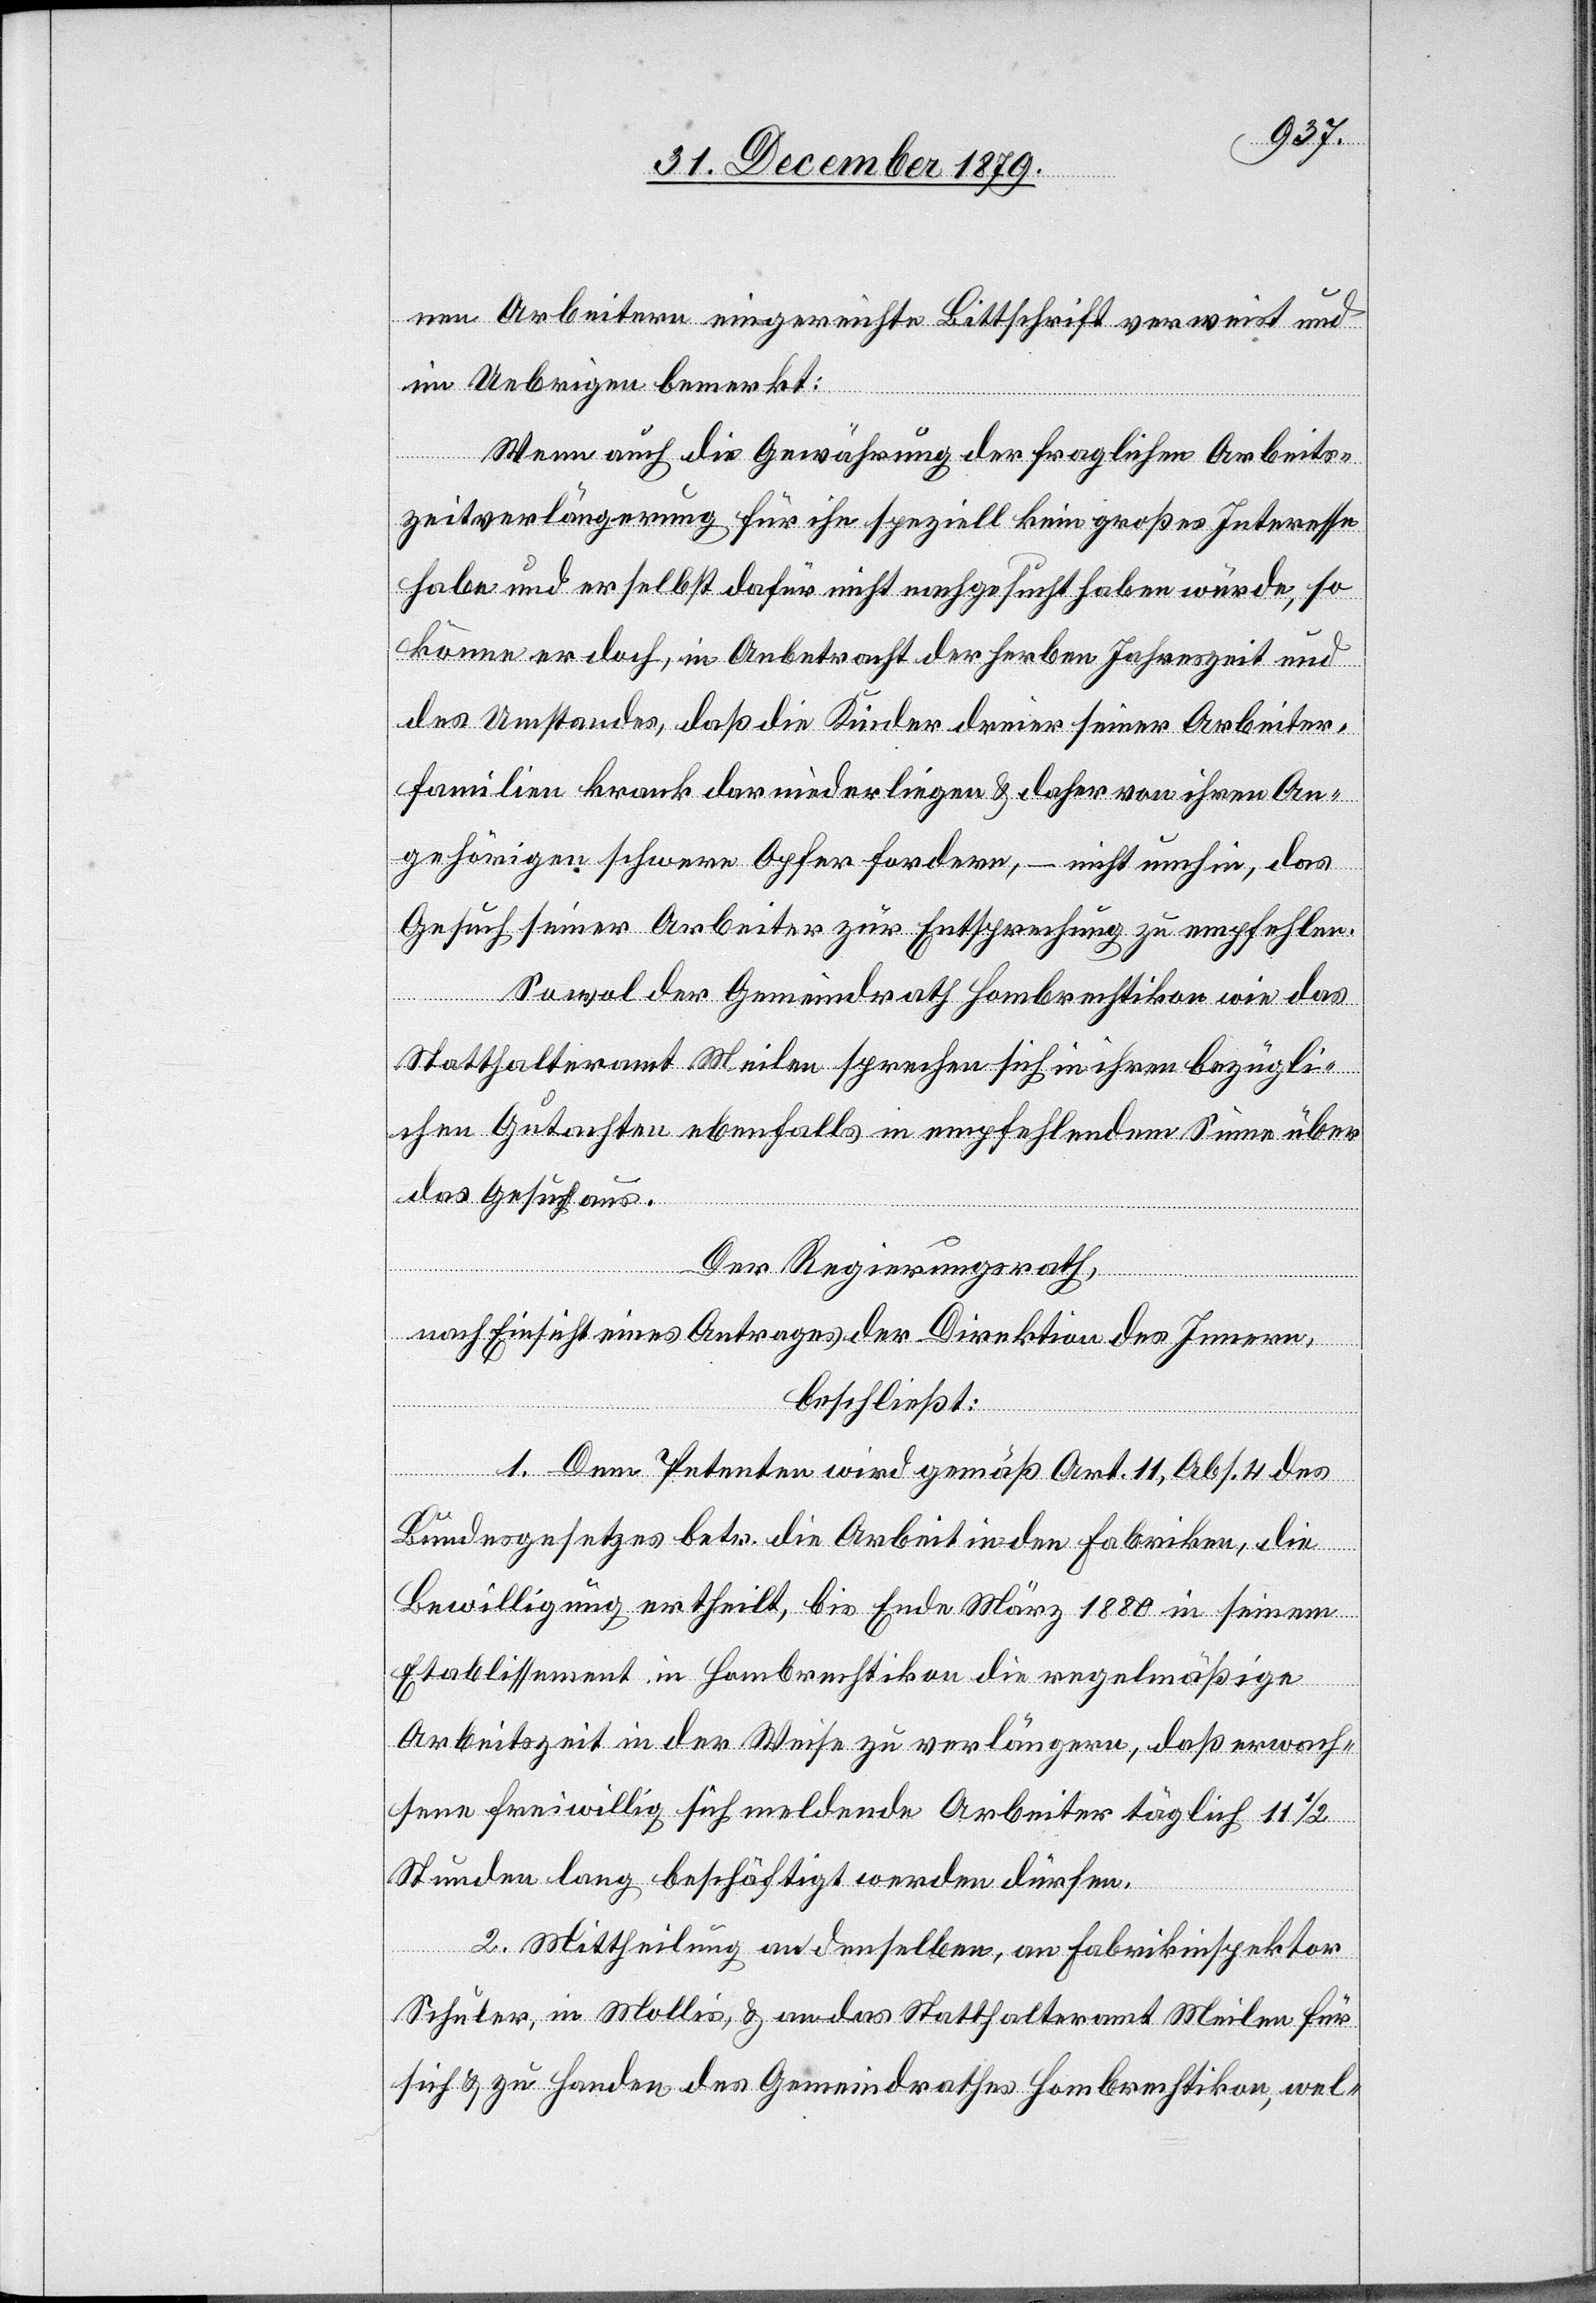
nen Arbeitern eingereichten Bittschrift verweist und
im Uebrigen bemerkt:
Wenn auch die Gewährung der fraglichen Arbeits¬
zeitverlängerung für ihn speziell kein großes Interesse
habe und er selbst dafür nicht nachgesucht haben würde, so
könne er doch, in Anbetracht der herben Jahreszeit und
des Umstandes, daß die Kinder dreier seiner Arbeiter¬
familien krank darniederliegen & daher von ihren An¬
gehörigen schwere Opfer fordern, – nicht umhin, das
Gesuch seiner Arbeiter zur Entsprechung zu empfehlen.
Sowol der Gemeindrath Hombrechtikon wie das
Statthalteramt Meilen sprechen sich in ihren bezügli¬
chen Gutachten ebenfalls in empfehlendem Sinne über
das Gesuch aus.
Der Regierungsrath,
nach Einsicht eines Antrages der Direktion des Innern,
beschließt:
1. Dem Petenten wird gemäß Art. 11, Abs. 4 des
Bundegesetzes betr. die Arbeit in den Fabriken, die
Bewilligung ertheilt, bis Ende März 1880 in seinem
Etablissement in Hombrechtikon die regelmäßige
Arbeitszeit in der Weise zu verlängern, daß erwach¬
sene freiwillig sich meldende Arbeiter täglich 11 1/2
Stunden lang beschäftigt werden dürfen.
2. Mittheilung an denselben, an Fabrikinspektor
Schuler, in Mollis, & an das Statthalteramt Meilen für
sich & zu Handen des Gemeindrathes Hombrechtikon, wel-